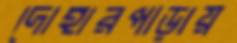
দোহারপাড়ায়